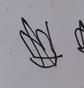
Signature authenticity: forged